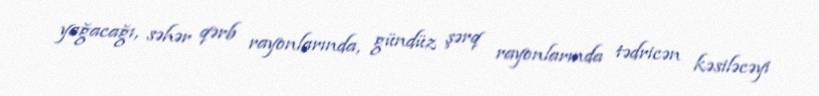
yağacağı, səhər qərb rayonlarında, gündüz şərq rayonlarında tədricən kəsiləcəyi